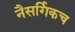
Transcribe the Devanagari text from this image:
नैसर्गिकच